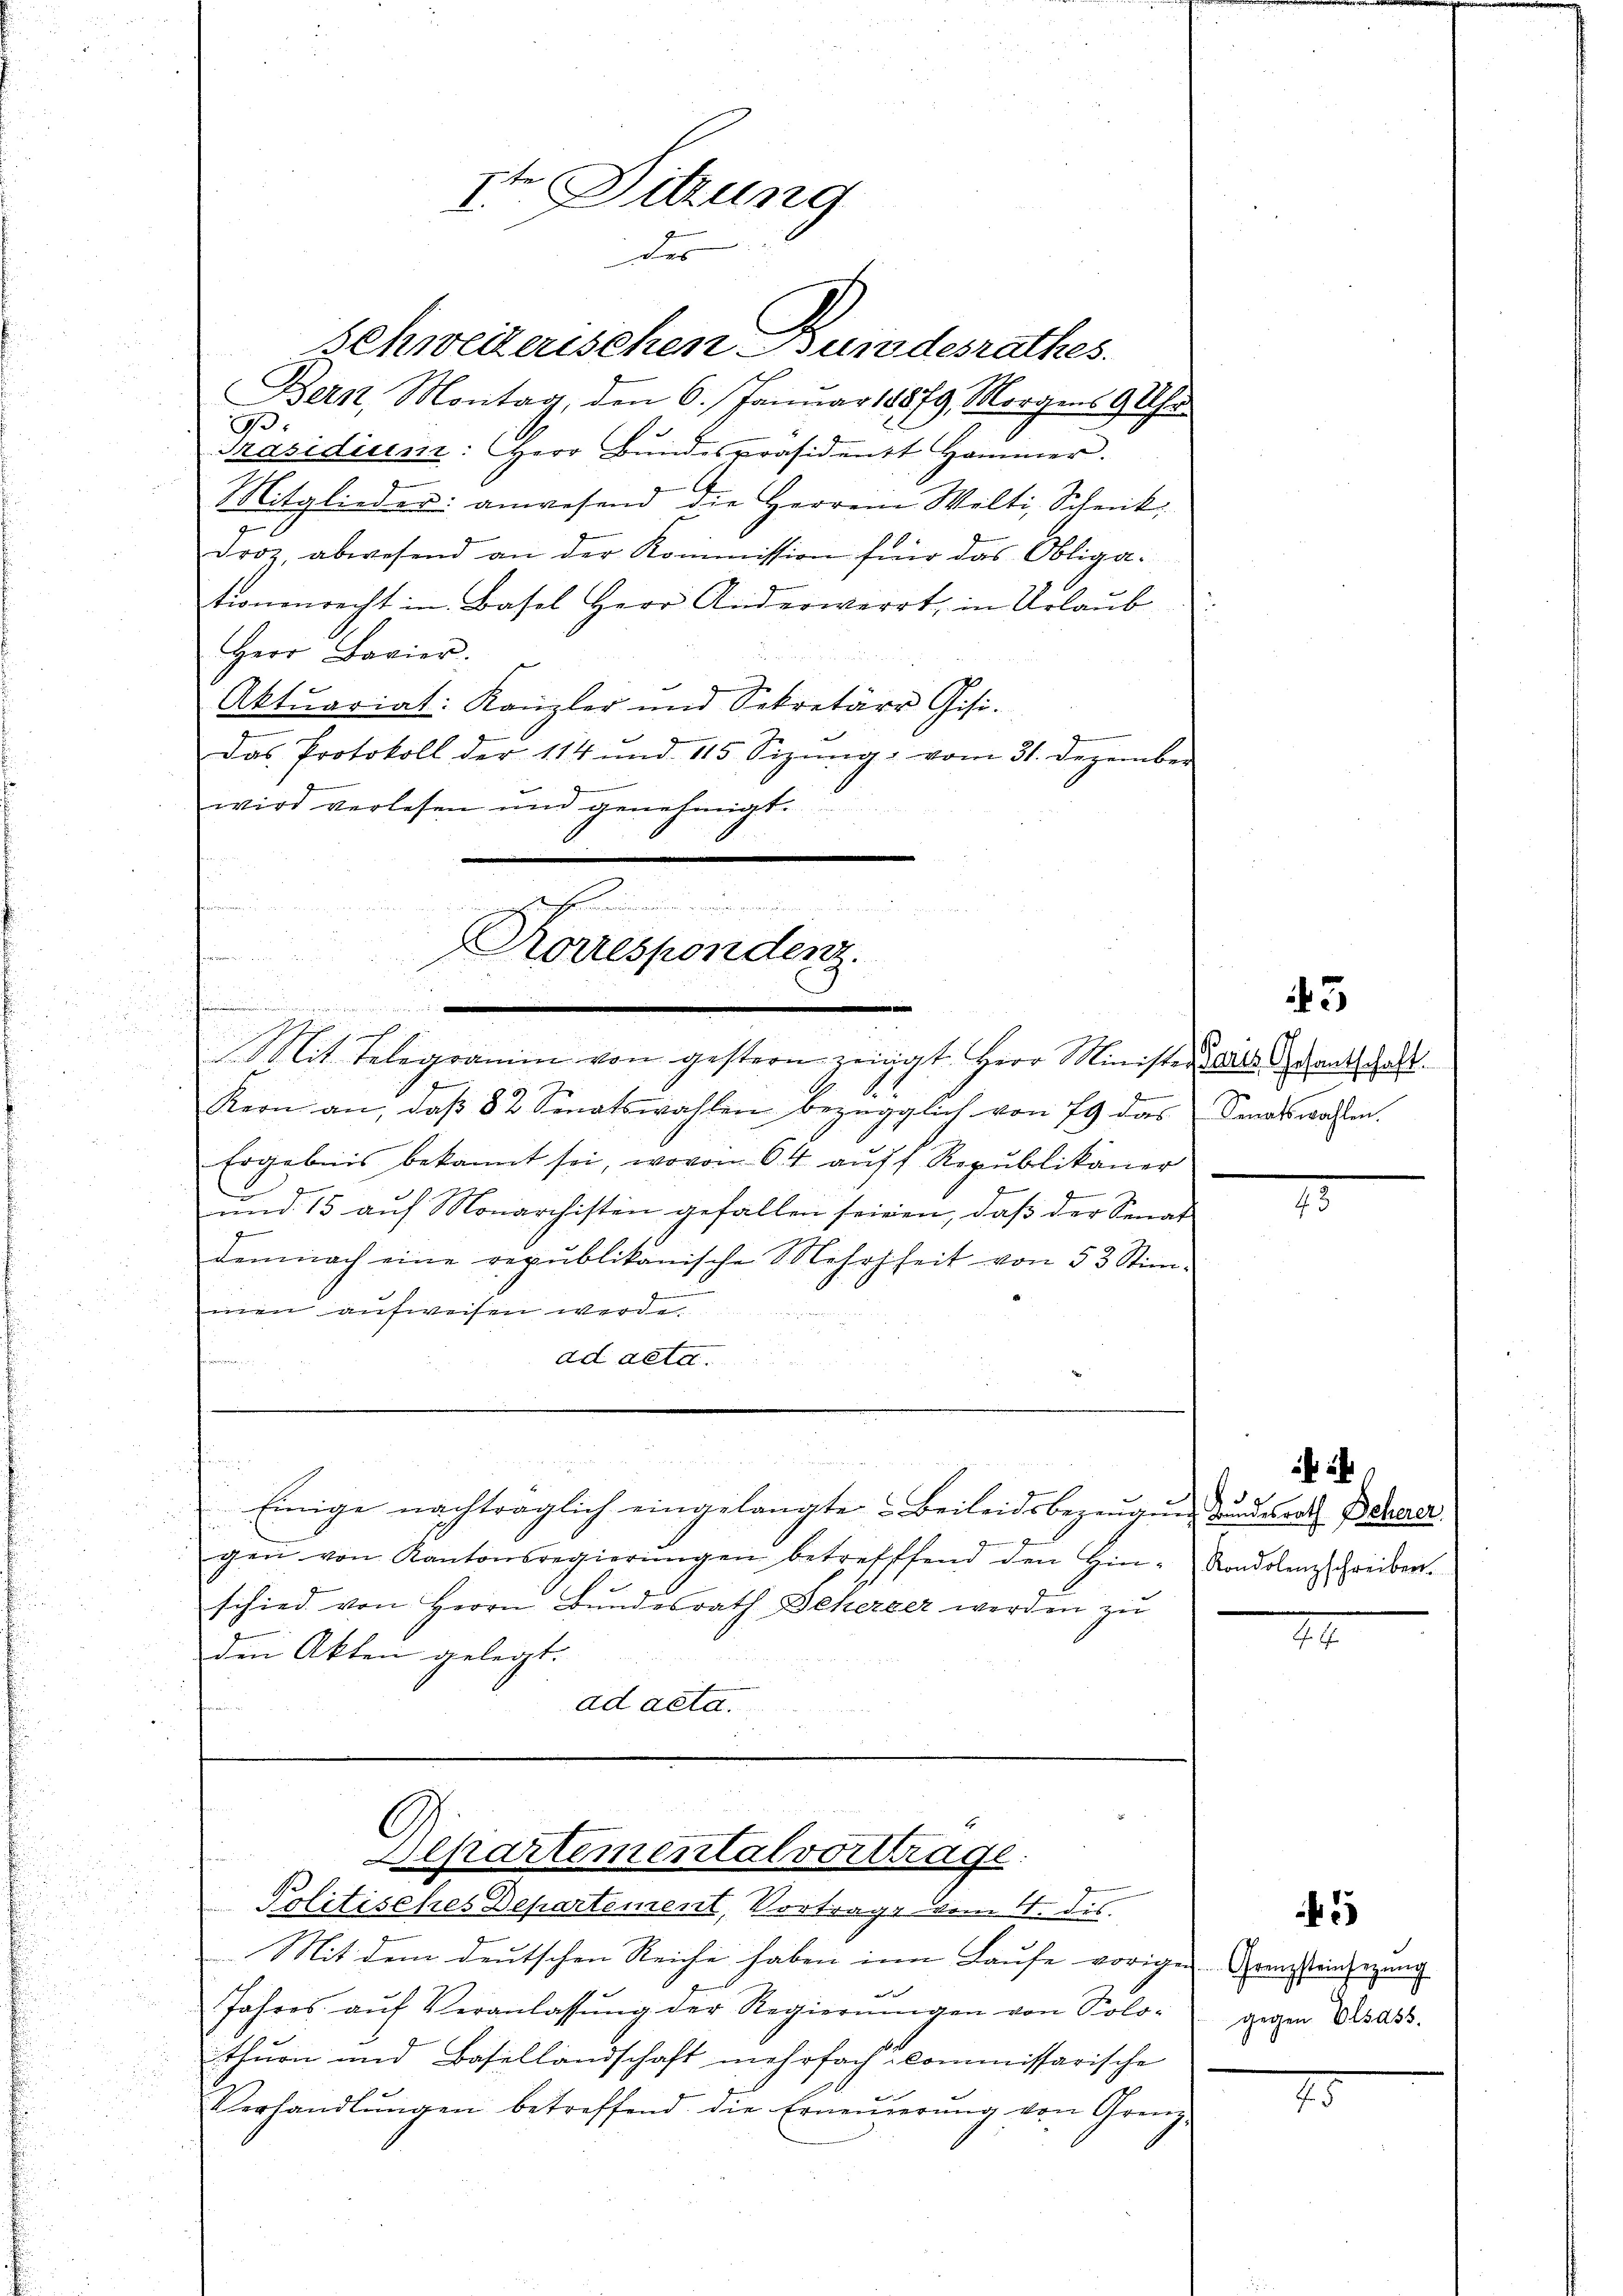
Iter Sitzung
des

schweizerischen Bundesrathes.
Bern, Montag, den 6. Januar 18879, Morgens 9 Uhr
B
Präsidium: Herr Bŭndespräsidentt Hammer.
Mitglieder: anwesend die Herren Welti, Schenk,
droz, abwesend an der Kommission für das Obliga-
tionenrecht in Basel Herr Anderwerrt, in Urlaub
Herr Bavier.
Aktuariat: Kanzler und Sekretäre Gisi-
das Protokoll der 114 und 115 Sizŭng vom 31. Dezember
wird verlesen und genehmigt.
t
ch
d
Korrespondenz.
faren und
1

Mit Telegramm von gestern zeigt Herr Minister als Schankschaft.
Kern an, daß 82 Senatswahlen bezüglich von 79 das Senatswahlen
Ergebnis bekannt sei, wovon 64 auff Republikaner
und 15 auf Monarchisten gefallen seinen, daß der Senat
g
demnach eine republikanische Mehrheit von 53 Stim-
men aufweisen werde.
ad acta.

Einige nachträglich eingelangte Beileidsbezeugung zu rath Berner
gen von Kantonsregierŭngen betreffend den Hin-Ronddlung rider-
schied von Herrn Bundesrath Beherzer werden zu
den Akten gelegt.
ad acta.

Alpartementalvortrage:
Politisches Departement, Vortrage vom 4. dis

Mit dem deutschen Reiche haben in Laufe vorigen Transteinigung
wie
Jahres auf Veranlassung der Regierungen von Solothurn und Basellandschaft mehrfach kommissarische
Verhandlŭngen betreffend die Erneŭerŭng von Grenz-

3

gegen Elsass.